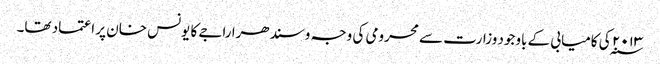
۲۰۱۳ ؁ کی کامیابی کے باوجود وزارت سے محرومی کی وجہ وسندھرا راجے کا یونس خان پر اعتماد تھا۔